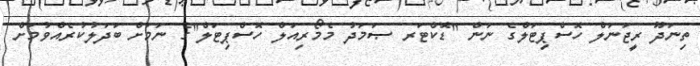
ތިނަދޫ ރީޖަނަލް ހޮސްޕިޓަލްގެ ނަން "ޑޮކްޓަރ ޞަމަދު މެމޯރިއަލް ހޮސްޕިޓަލް"ގެ ނަމަށް ބަދަލުކުރެއްވުމަށް